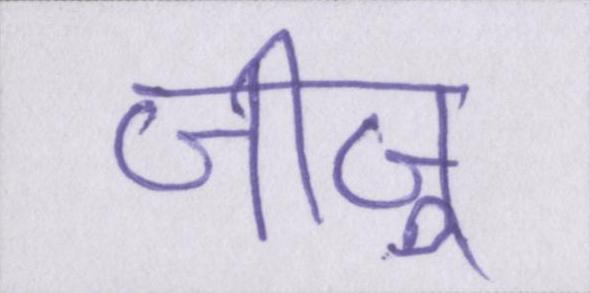
जीजू